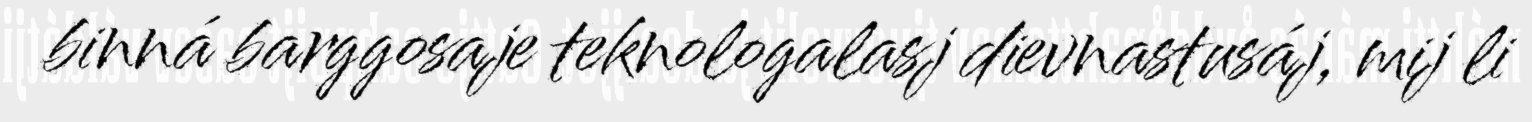
binná barggosaje teknologalasj dievnastusáj, mij li